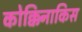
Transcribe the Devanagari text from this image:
कोक्किनाकिस